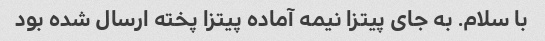
با سلام. به جای پیتزا نیمه آماده پیتزا پخته ارسال شده بود